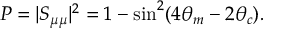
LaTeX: P = | S _ { \mu \mu } | ^ { 2 } = 1 - \sin ^ { 2 } ( 4 \theta _ { m } - 2 \theta _ { c } ) .